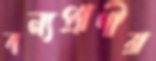
বন্যপ্রাণীরা